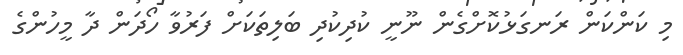
މި ކަންކަން ރަނގަޅުކޮށްގެން ނޫނީ ކުދިކުދި ބަލިތަކަށް ފަރުވާ ހޯދަން ދާ މީހުންގެ